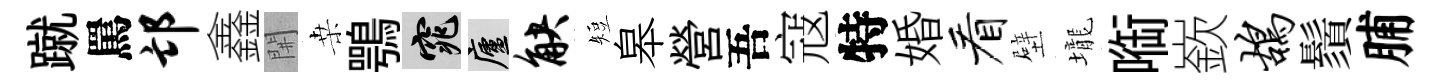
蹴罵邙鑫𨳩桒鶚窕廬觖短皋營吾寇特婚看壁壠㗸嶔鸪鬚脯